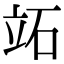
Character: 䇉